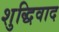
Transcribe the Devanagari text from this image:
शुद्धिवाद